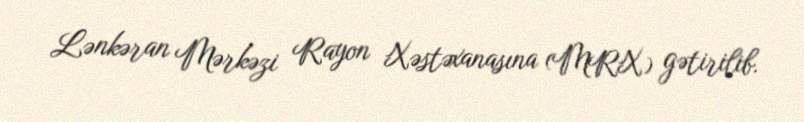
Lənkəran Mərkəzi Rayon Xəstəxanasına (MRX) gətirilib.